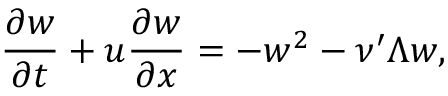
\frac { \partial w } { \partial t } + u \frac { \partial w } { \partial x } = - w ^ { 2 } - \nu ^ { \prime } \Lambda w ,